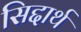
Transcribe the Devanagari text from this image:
सिद्दार्थ